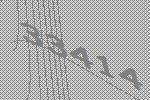
33414